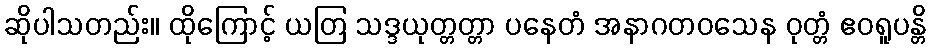
ဆိုပါသတည်း။ ထိုကြောင့် ယတြ သဒ္ဒယုတ္တတ္တာ ပနေတံ အနာဂတဝသေန ဝုတ္တံ ဧဝရူပန္တိ